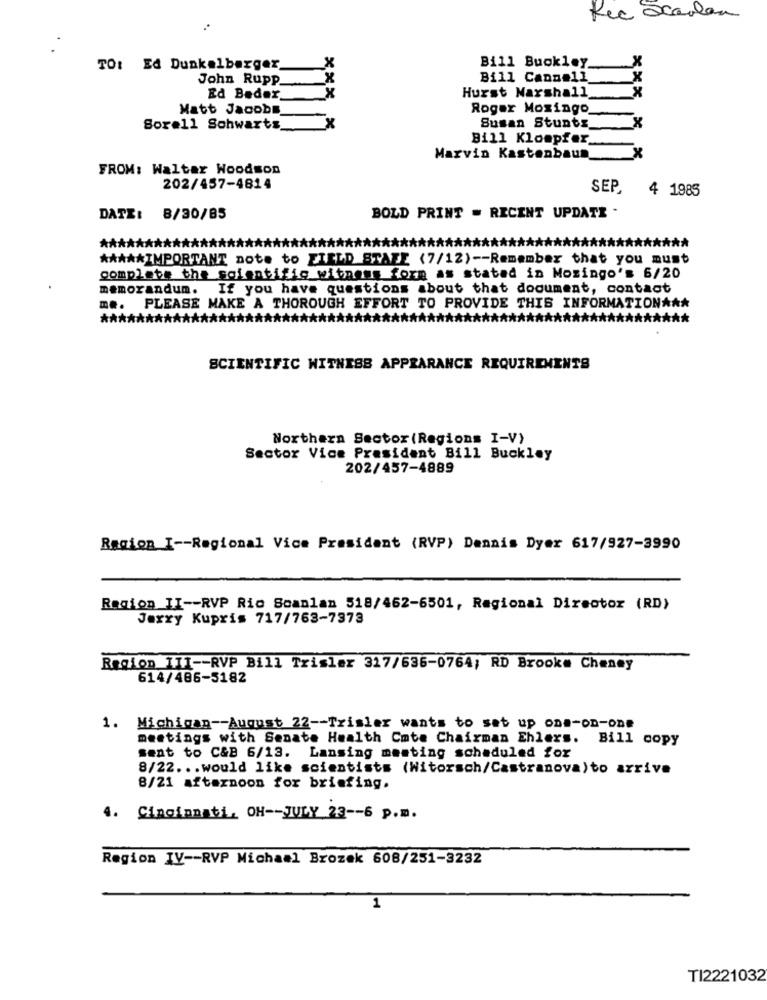
Rec Scarlan
Bill Buckley_
TO: Ed Dunkelberger
John Rupp
Bill Cannell
Hurst Marshall
Ed Beder
Matt Jacobs
Roger Mosingo
XXX .
x
x
Sorell Schwartz
Susan Stunts
Bill Kloopfer
Marvin Kastenbaun
X
FROM: Walter Woodson
202/457-4814
SEP
4 1985
DATE: 8/30/85
BOLD PRINT = RECENT UPDATE .
******
***
***** IMPORTANT note to FIELD STAFE (7/12) -- Remember that you must
complete the scientific witness form as stated in Mosingo's 6/20
memorandum. If you have questions about that document, contact
PLEASE MAKE A THOROUGH EFFORT TO PROVIDE THIS INFORMATION ***
SCIENTIFIC WITNESS APPEARANCE REQUIREMENTS
Northern Sector (Regions I-V)
Sector Vice President Bill Buckley
202/457-4889
Region I -- Regional Vice President (RVP) Dennis Dyer 617/927-3990
Region II -- RVP Rio Scanlan 518/462-6501, Regional Director (RD)
Jerry Kupris 717/763-7373
Region III -- RVP Bill Trisler 317/636-0764; RD Brooke Cheney
614/486-5182
1. Michigan -- August 22 -- Trisler wants to set up one-on-one
meetings with Senate Health Cmte Chairman Ehlers. Bill copy
sent to C&B 6/13. Lansing meeting scheduled for
8/22 ... would like scientists (Witorsch/Castranova)to arrive
8/21 afternoon for briefing.
4. Cincinnati, OH -- JULY 23 -- 6 p.m.
Region IV -- RVP Michael Brozek 608/251-3232
1
TI2221032